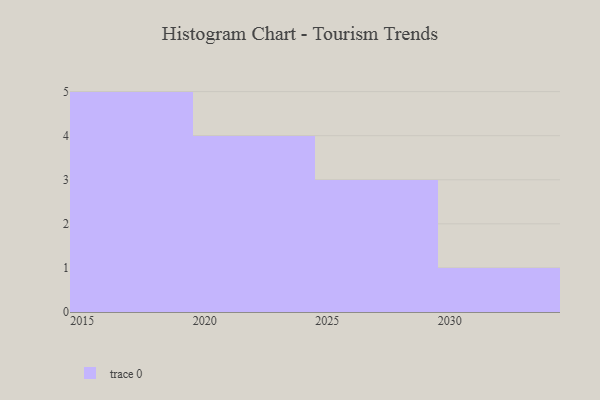
{"axis": {"x": "Year", "y": "Production Output"}, "legend": [""], "data": [{"x": "2026", "y": 65, "type": ""}, {"x": "2015", "y": 91, "type": ""}, {"x": "2020", "y": 43, "type": ""}, {"x": "2021", "y": 61, "type": ""}, {"x": "2019", "y": 87, "type": ""}, {"x": "2023", "y": 72, "type": ""}, {"x": "2024", "y": 93, "type": ""}, {"x": "2018", "y": 67, "type": ""}, {"x": "2016", "y": 30, "type": ""}, {"x": "2028", "y": 87, "type": ""}, {"x": "2017", "y": 57, "type": ""}, {"x": "2029", "y": 13, "type": ""}, {"x": "2030", "y": 39, "type": ""}]}